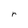
Character: r